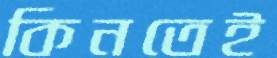
কিনতেই